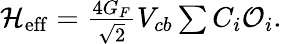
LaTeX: \begin{array}{r}{{\cal H}_{\mathrm{eff}}=\frac{4G_{F}}{\sqrt{2}}V_{cb}\sum C_{i}{\cal O}_{i}.}\end{array}